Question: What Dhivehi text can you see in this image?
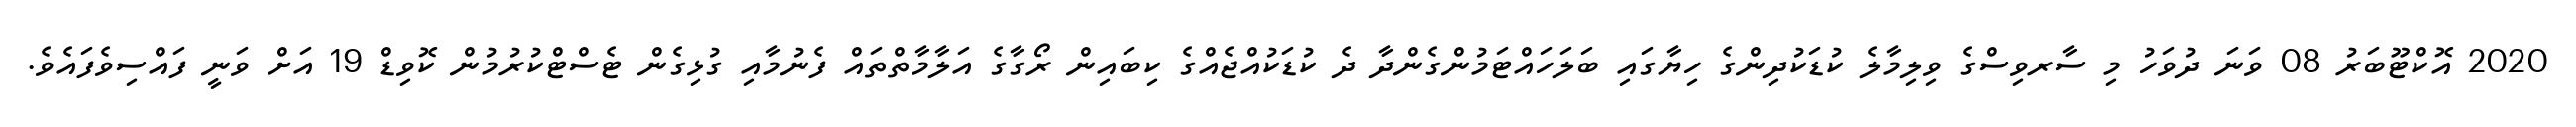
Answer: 2020 އޮކްޓޫބަރު 08 ވަނަ ދުވަހު މި ސާރވިސްގެ ވިލިމާލެ ކުޑަކުދިންގެ ހިޔާގައި ބަލަހައްޓަމުންގެންދާ ދެ ކުޑަކުއްޖެއްގެ ކިބައިން ރޯގާގެ އަލާމާތްތައް ފެނުމާއި ގުޅިގެން ޓެސްޓްކުރުމުން ކޮވިޑް 19 އަށް ވަނީ ފައްސިވެފައެވެ.